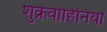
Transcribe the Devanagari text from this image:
शुक्रवाहिनियों